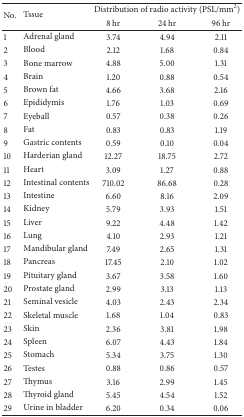
<table><thead><tr><td rowspan="2"><b>No.</b></td><td rowspan="2"><b>Tssue</b></td><td colspan="3"><b>Distribution of radio activity (PSL/mm<sup>2</sup>)</b></td></tr><tr><td><b>8 hr</b></td><td><b>24 hr</b></td><td><b>96 hr</b></td></tr></thead><tbody><tr><td>1</td><td>Adrenal gland</td><td>3.74</td><td>4.94</td><td>2.11</td></tr><tr><td>2</td><td>Blood</td><td>2.12</td><td>1.68</td><td>0.84</td></tr><tr><td>3</td><td>Bone marrow</td><td>4.88</td><td>5.00</td><td>1.31</td></tr><tr><td>4</td><td>Brain</td><td>1.20 </td><td>0.88</td><td>0.54</td></tr><tr><td>5</td><td>Brown fat</td><td>4.66</td><td>3.68</td><td>2.16</td></tr><tr><td>6</td><td>Epididymis</td><td>1.76</td><td>1.03</td><td>0.69</td></tr><tr><td>7</td><td>Eyeball</td><td>0.57</td><td>0.38</td><td>0.26</td></tr><tr><td>8</td><td>Fat</td><td>0.83</td><td>0.83</td><td>1.19</td></tr><tr><td>9</td><td>Gastric contents</td><td>0.59</td><td>0.10</td><td>0.04</td></tr><tr><td>10</td><td>Harderian gland</td><td>12.27</td><td>18.75</td><td>2.72</td></tr><tr><td>11</td><td>Heart</td><td>3.09</td><td>1.27</td><td>0.88</td></tr><tr><td>12</td><td>Intestinal contents</td><td>710.02</td><td>86.68</td><td>0.28</td></tr><tr><td>13</td><td>Intestine</td><td>6.60</td><td>8.16</td><td>2.09</td></tr><tr><td>14</td><td>Kidney</td><td>5.79</td><td>3.93</td><td>1.51</td></tr><tr><td>15</td><td>Liver</td><td>9.22</td><td>4.48</td><td>1.42</td></tr><tr><td>16</td><td>Lung</td><td>4.10</td><td>2.93</td><td>1.21</td></tr><tr><td>17</td><td>Mandibular gland</td><td>7.49</td><td>2.65</td><td>1.31</td></tr><tr><td>18</td><td>Pancreas</td><td>17.45</td><td>2.10</td><td>1.02</td></tr><tr><td>19</td><td>Pituitary gland</td><td>3.67</td><td>3.58</td><td>1.60</td></tr><tr><td>20</td><td>Prostate gland</td><td>2.99</td><td>3.13</td><td>1.13</td></tr><tr><td>21</td><td>Seminal vesicle</td><td>4.03</td><td>2.43</td><td>2.34</td></tr><tr><td>22</td><td>Skeletal muscle</td><td>1.68</td><td>1.04</td><td>0.83</td></tr><tr><td>23</td><td>Skin</td><td>2.36</td><td>3.81</td><td>1.98</td></tr><tr><td>24</td><td>Spleen</td><td>6.07</td><td>4.43</td><td>1.84</td></tr><tr><td>25</td><td>Stomach</td><td>5.34</td><td>3.75</td><td>1.30</td></tr><tr><td>26</td><td>Testes</td><td>0.88</td><td>0.86</td><td>0.57</td></tr><tr><td>27</td><td>Thymus</td><td>3.16</td><td>2.99</td><td>1.45</td></tr><tr><td>28</td><td>Thyroid gland</td><td>5.45</td><td>4.54</td><td>1.52</td></tr><tr><td>29</td><td>Urine in bladder</td><td>6.20</td><td>0.34</td><td>0.06</td></tr></tbody></table>